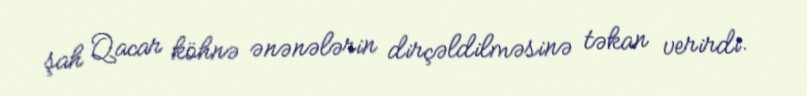
şah Qacar köhnə ənənələrin dirçəldilməsinə təkan verirdi.